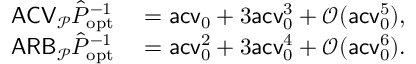
\begin{array} { r l } { \mathsf { A C V } _ { \mathcal P } \hat { P } _ { \mathrm { o p t } } ^ { - 1 } } & { { } = \mathsf { a c v } _ { 0 } + 3 \mathsf { a c v } _ { 0 } ^ { 3 } + \mathcal O ( \mathsf { a c v } _ { 0 } ^ { 5 } ) , } \\ { \mathsf { A R B } _ { \mathcal P } \hat { P } _ { \mathrm { o p t } } ^ { - 1 } } & { { } = \mathsf { a c v } _ { 0 } ^ { 2 } + 3 \mathsf { a c v } _ { 0 } ^ { 4 } + \mathcal O ( \mathsf { a c v } _ { 0 } ^ { 6 } ) . } \end{array}